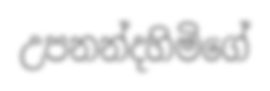
උපනන්දහිමිගේ